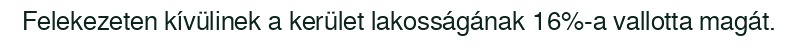
Felekezeten kívülinek a kerület lakosságának 16%-a vallotta magát.